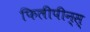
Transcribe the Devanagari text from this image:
फिलीपीन्स्